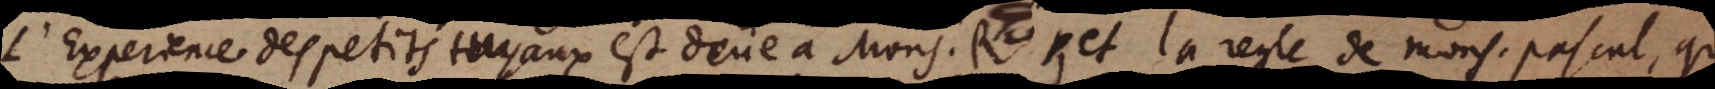
l’Experience des petits tuyaux est deüe à Mons. Rho., et la regle de Mons. Pascal, que